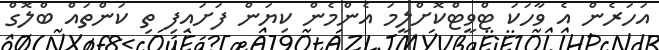
އަހަރެން އެ ވާހަކަ ޓްވީޓްކޮށްލީމަ އެންމެން ކިޔަން ފަށައިފި ތި ކަންތައް ބްލޮގް